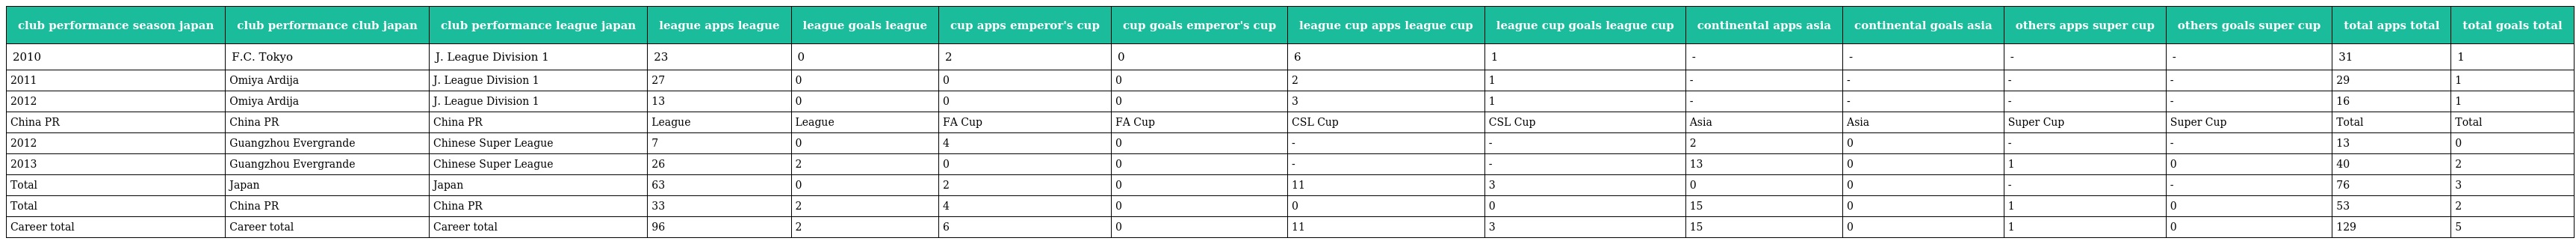
| club performance season japan | club performance club japan | club performance league japan | league apps league | league goals league | cup apps emperor's cup | cup goals emperor's cup | league cup apps league cup | league cup goals league cup | continental apps asia | continental goals asia | others apps super cup | others goals super cup | total apps total | total goals total |
 | --- | --- | --- | --- | --- | --- | --- | --- | --- | --- | --- | --- | --- | --- | --- |
 | 2010 | F.C. Tokyo | J. League Division 1 | 23 | 0 | 2 | 0 | 6 | 1 | - | - | - | - | 31 | 1 |
 | 2011 | Omiya Ardija | J. League Division 1 | 27 | 0 | 0 | 0 | 2 | 1 | - | - | - | - | 29 | 1 |
 | 2012 | Omiya Ardija | J. League Division 1 | 13 | 0 | 0 | 0 | 3 | 1 | - | - | - | - | 16 | 1 |
 | China PR | China PR | China PR | League | League | FA Cup | FA Cup | CSL Cup | CSL Cup | Asia | Asia | Super Cup | Super Cup | Total | Total |
 | 2012 | Guangzhou Evergrande | Chinese Super League | 7 | 0 | 4 | 0 | - | - | 2 | 0 | - | - | 13 | 0 |
 | 2013 | Guangzhou Evergrande | Chinese Super League | 26 | 2 | 0 | 0 | - | - | 13 | 0 | 1 | 0 | 40 | 2 |
 | Total | Japan | Japan | 63 | 0 | 2 | 0 | 11 | 3 | 0 | 0 | - | - | 76 | 3 |
 | Total | China PR | China PR | 33 | 2 | 4 | 0 | 0 | 0 | 15 | 0 | 1 | 0 | 53 | 2 |
 | Career total | Career total | Career total | 96 | 2 | 6 | 0 | 11 | 3 | 15 | 0 | 1 | 0 | 129 | 5 |